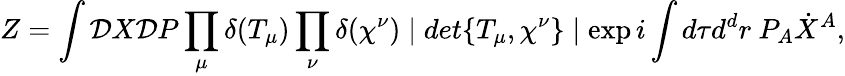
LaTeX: Z=\int{\cal D}X{\cal D}P\prod_{\mu}\delta(T_{\mu})\prod_{\nu}\delta(\chi^{\nu})\mid det\{ T_{\mu},\chi^{\nu}\} \mid\exp i\int d\tau d^{d}r~P_{A}\dot{X}^{A},